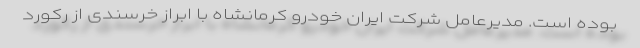
بوده است. مدیرعامل شرکت ایران خودرو کرمانشاه با ابراز خرسندی از رکورد